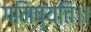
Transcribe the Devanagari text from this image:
गमिष्यति।।